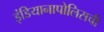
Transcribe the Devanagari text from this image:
इंडियानापोलिसची